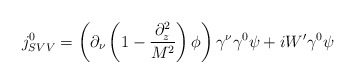
\begin{align*}j_{SVV}^{0} = \left( \partial_\nu \left( 1 - \frac{\partial^2_z}{M^2} \right) \phi \right) \gamma^\nu \gamma^0 \psi + i W^\prime \gamma^0 \psi\end{align*}